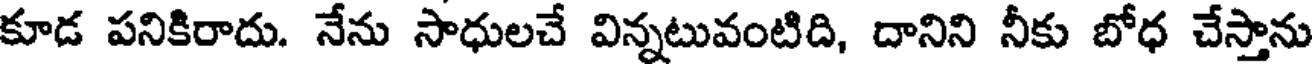
కూడ పనికిరాదు. నేను సాధులచే విన్నటువంటిది, దానిని నీకు బోధ చేస్తాను